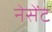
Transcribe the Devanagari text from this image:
नेसेंट